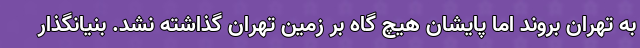
به تهران بروند اما پایشان هیچ گاه بر زمین تهران گذاشته نشد. بنیانگذار